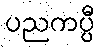
ပညကပ္ပီ